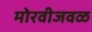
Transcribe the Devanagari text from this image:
मोरवीजवळ